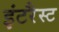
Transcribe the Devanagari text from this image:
इंटरैस्ट